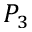
P _ { 3 }